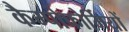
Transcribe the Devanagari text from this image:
कैम्पोफोर्मियों